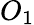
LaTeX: O_{1}